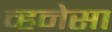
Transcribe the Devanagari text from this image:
व्हनेसा